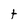
Character: t